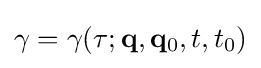
\gamma =\gamma (\tau ;\mathbf {q} ,\mathbf {q} _{0},t,t_{0})